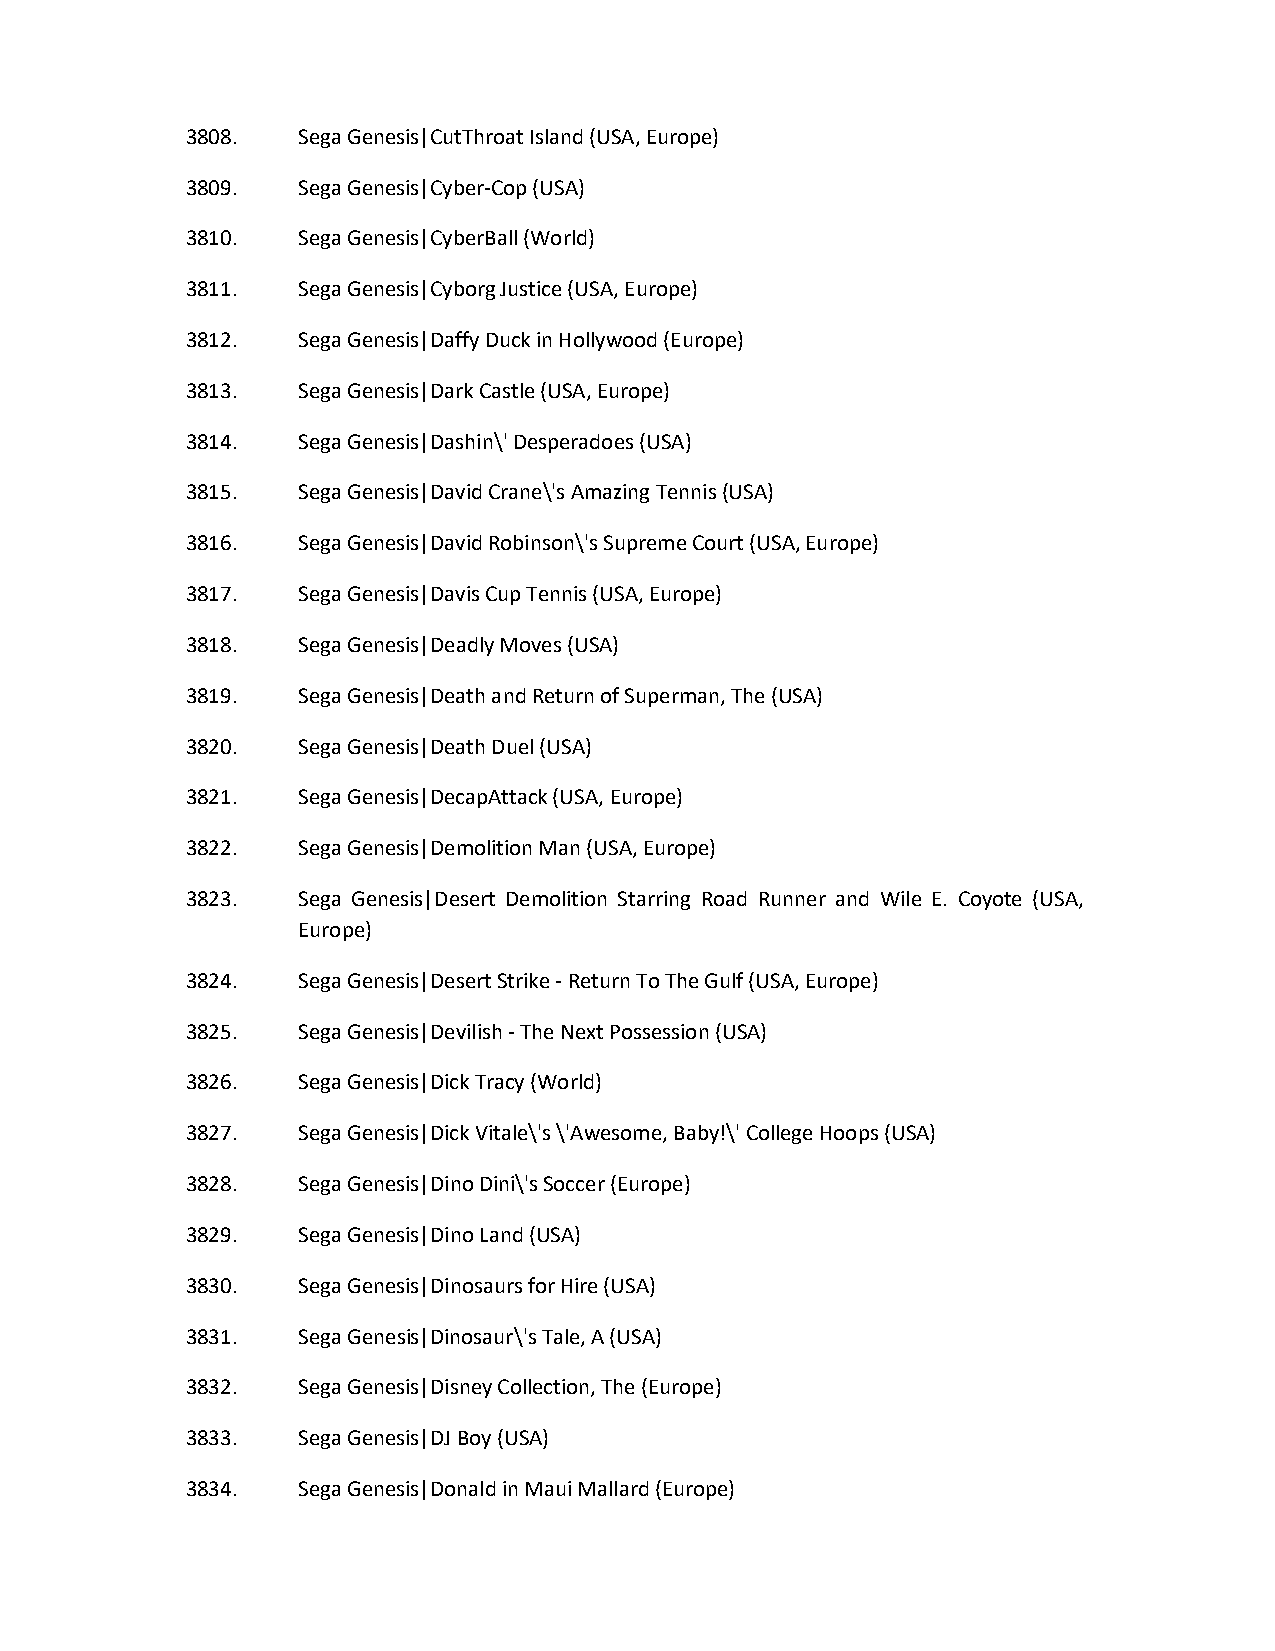
3808.   Sega Genesis|CutThroat Island (USA, Europe)
 3809.   Sega Genesis|Cyber-Cop (USA)
 3810.   Sega Genesis|CyberBall (World)
 3811.   Sega Genesis|Cyborg Justice (USA, Europe)
 3812.   Sega Genesis|Daffy Duck in Hollywood (Europe)
 3813.   Sega Genesis|Dark Castle (USA, Europe)
 3814.   Sega Genesis|Dashin\' Desperadoes (USA)
 3815.   Sega Genesis|David Crane\'s Amazing Tennis (USA)
 3816.   Sega Genesis|David Robinson\'s Supreme Court (USA, Europe)
 3817.   Sega Genesis|Davis Cup Tennis (USA, Europe)
 3818.   Sega Genesis|Deadly Moves (USA)
 3819.   Sega Genesis|Death and Return of Superman, The (USA)
 3820.   Sega Genesis|Death Duel (USA)
 3821.   Sega Genesis|DecapAttack (USA, Europe)
 3822.   Sega Genesis|Demolition Man (USA, Europe)
 3823.   Sega Genesis|Desert Demolition Starring Road Runner and Wile E. Coyote (USA,
 Europe)
 3824.   Sega Genesis|Desert Strike - Return To The Gulf (USA, Europe)
 3825.   Sega Genesis|Devilish - The Next Possession (USA)
 3826.   Sega Genesis|Dick Tracy (World)
 3827.   Sega Genesis|Dick Vitale\'s \'Awesome, Baby!\' College Hoops (USA)
 3828.   Sega Genesis|Dino Dini\'s Soccer (Europe)
 3829.   Sega Genesis|Dino Land (USA)
 3830.   Sega Genesis|Dinosaurs for Hire (USA)
 3831.   Sega Genesis|Dinosaur\'s Tale, A (USA)
 3832.   Sega Genesis|Disney Collection, The (Europe)
 3833.   Sega Genesis|DJ Boy (USA)
 3834.   Sega Genesis|Donald in Maui Mallard (Europe)